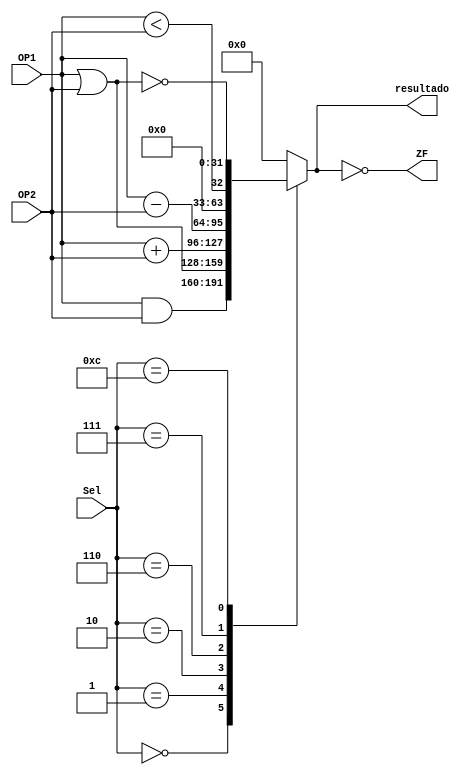
module ALU (
    input [31:0]OP1,
    input [31:0]OP2,
    input [3:0]Sel,
    output ZF,
    output reg[31:0]resultado
);
    
always @(*) begin //Dependiendo del codigo que reciba del ALUcontrol es la operacion que se realizara
    case (Sel)
        4'b0000:
        resultado = OP1 & OP2;
        4'b0001:
        resultado = OP1 | OP2;
        4'b0010:
        resultado = OP1 + OP2;
        4'b0110:
        resultado = OP1 - OP2;
        4'b0111:
        resultado = (OP1 < OP2);
        4'b1100:
        resultado = ~(OP1 | OP2);
        default:
        resultado = 32'd0;
    endcase
end

assign ZF = (resultado == 0); //Zero flag que se activa (1) cuando el resultado de la ALU es 0

endmodule